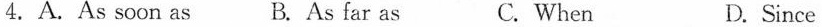
4.A.As soon as B. As far as C. When D. Since